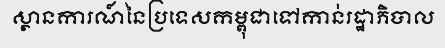
ស្ថានការណ៍នៃប្រទេសកម្ពុជាទៅកាន់រដ្ឋាភិបាល